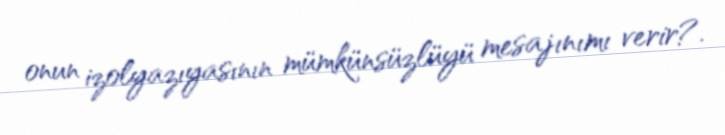
onun izolyazıyasının mümkünsüzlüyü mesajınımı verir?.